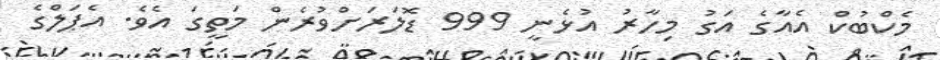
މެކްބުކް އެއާގެ އަގު މިހާރު އުޅެނީ 999 ޑޮލަރަށްވުރެން މަތީގަ އެވެ. އެޕަލްގެ